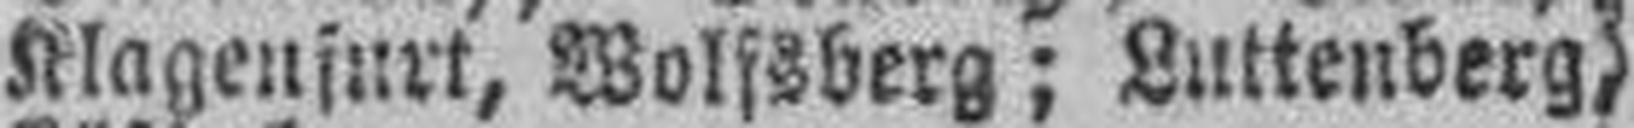
Klagenfurt, Wolfsberg; Luttenberg,